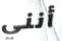
أنني